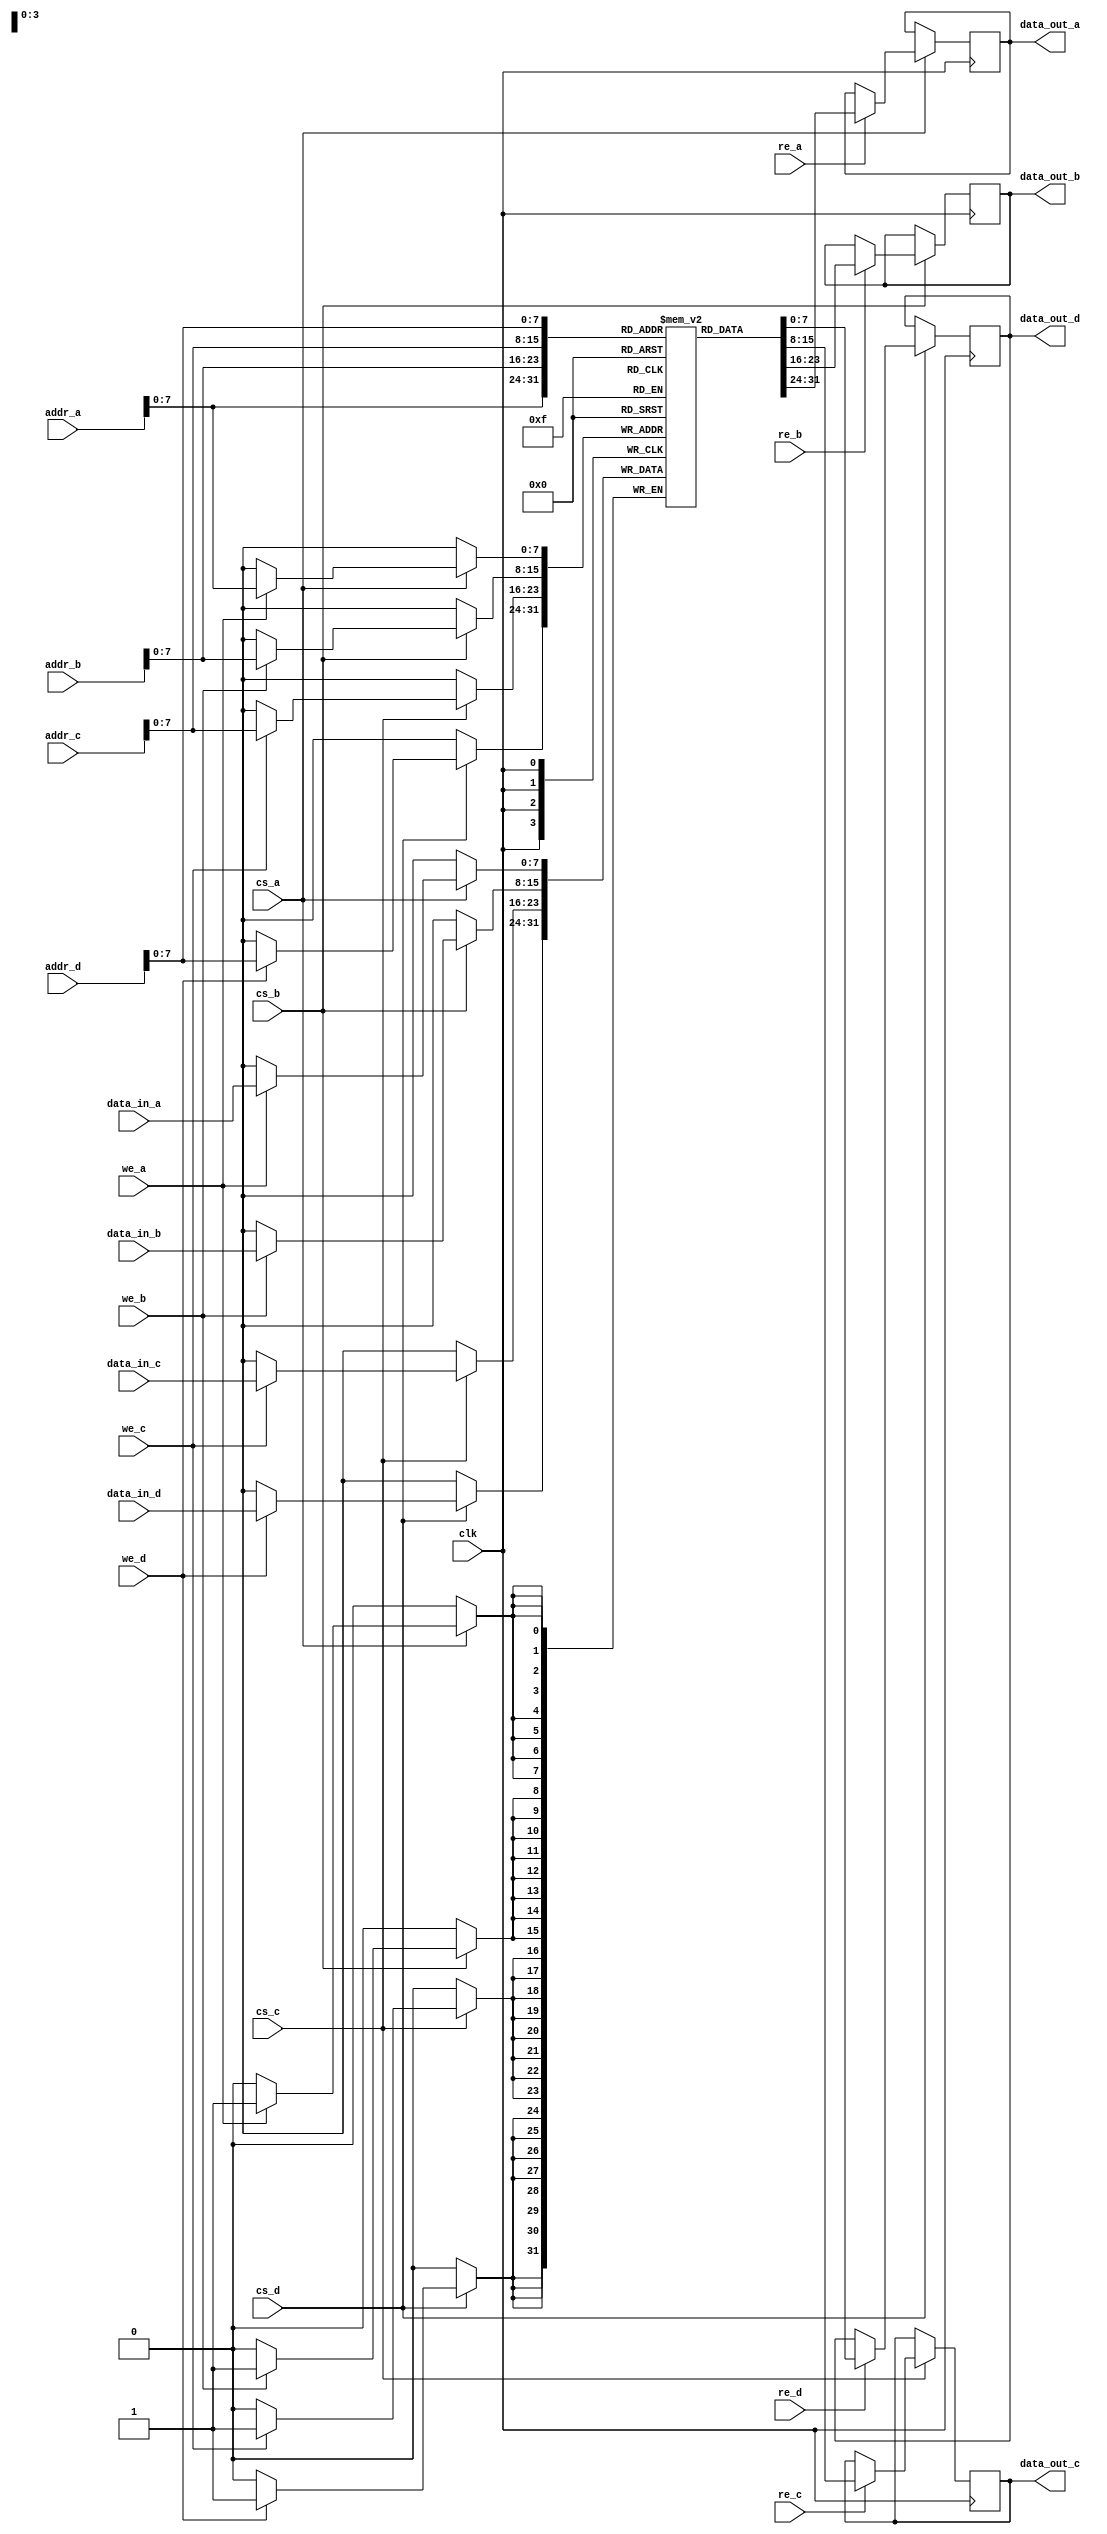
module quad_port_sram #(
    parameter DATA_WIDTH = 8,     // Width of each memory location in bits
    parameter ADDR_DEPTH = 256     // Number of addressable locations
) (
    input wire clk,
    // Port A
    input wire [ADDR_DEPTH-1:0] addr_a,
    input wire [DATA_WIDTH-1:0] data_in_a,
    output reg [DATA_WIDTH-1:0] data_out_a,
    input wire we_a,  // Write Enable for Port A
    input wire re_a,  // Read Enable for Port A
    input wire cs_a,  // Chip Select for Port A
    // Port B
    input wire [ADDR_DEPTH-1:0] addr_b,
    input wire [DATA_WIDTH-1:0] data_in_b,
    output reg [DATA_WIDTH-1:0] data_out_b,
    input wire we_b,  // Write Enable for Port B
    input wire re_b,  // Read Enable for Port B
    input wire cs_b,  // Chip Select for Port B
    // Port C
    input wire [ADDR_DEPTH-1:0] addr_c,
    input wire [DATA_WIDTH-1:0] data_in_c,
    output reg [DATA_WIDTH-1:0] data_out_c,
    input wire we_c,  // Write Enable for Port C
    input wire re_c,  // Read Enable for Port C
    input wire cs_c,  // Chip Select for Port C
    // Port D
    input wire [ADDR_DEPTH-1:0] addr_d,
    input wire [DATA_WIDTH-1:0] data_in_d,
    output reg [DATA_WIDTH-1:0] data_out_d,
    input wire we_d,  // Write Enable for Port D
    input wire re_d,  // Read Enable for Port D
    input wire cs_d   // Chip Select for Port D
);

    // Memory array
    reg [DATA_WIDTH-1:0] mem [0:ADDR_DEPTH-1];

    always @(posedge clk) begin
        // Port A
        if (cs_a) begin
            if (we_a) begin
                // Writing to memory for Port A
                mem[addr_a] <= data_in_a;
            end
            if (re_a) begin
                // Reading from memory for Port A
                data_out_a <= mem[addr_a];
            end
        end

        // Port B
        if (cs_b) begin
            if (we_b) begin
                // Writing to memory for Port B
                mem[addr_b] <= data_in_b;
            end
            if (re_b) begin
                // Reading from memory for Port B
                data_out_b <= mem[addr_b];
            end
        end

        // Port C
        if (cs_c) begin
            if (we_c) begin
                // Writing to memory for Port C
                mem[addr_c] <= data_in_c;
            end
            if (re_c) begin
                // Reading from memory for Port C
                data_out_c <= mem[addr_c];
            end
        end

        // Port D
        if (cs_d) begin
            if (we_d) begin
                // Writing to memory for Port D
                mem[addr_d] <= data_in_d;
            end
            if (re_d) begin
                // Reading from memory for Port D
                data_out_d <= mem[addr_d];
            end
        end
    end

endmodule